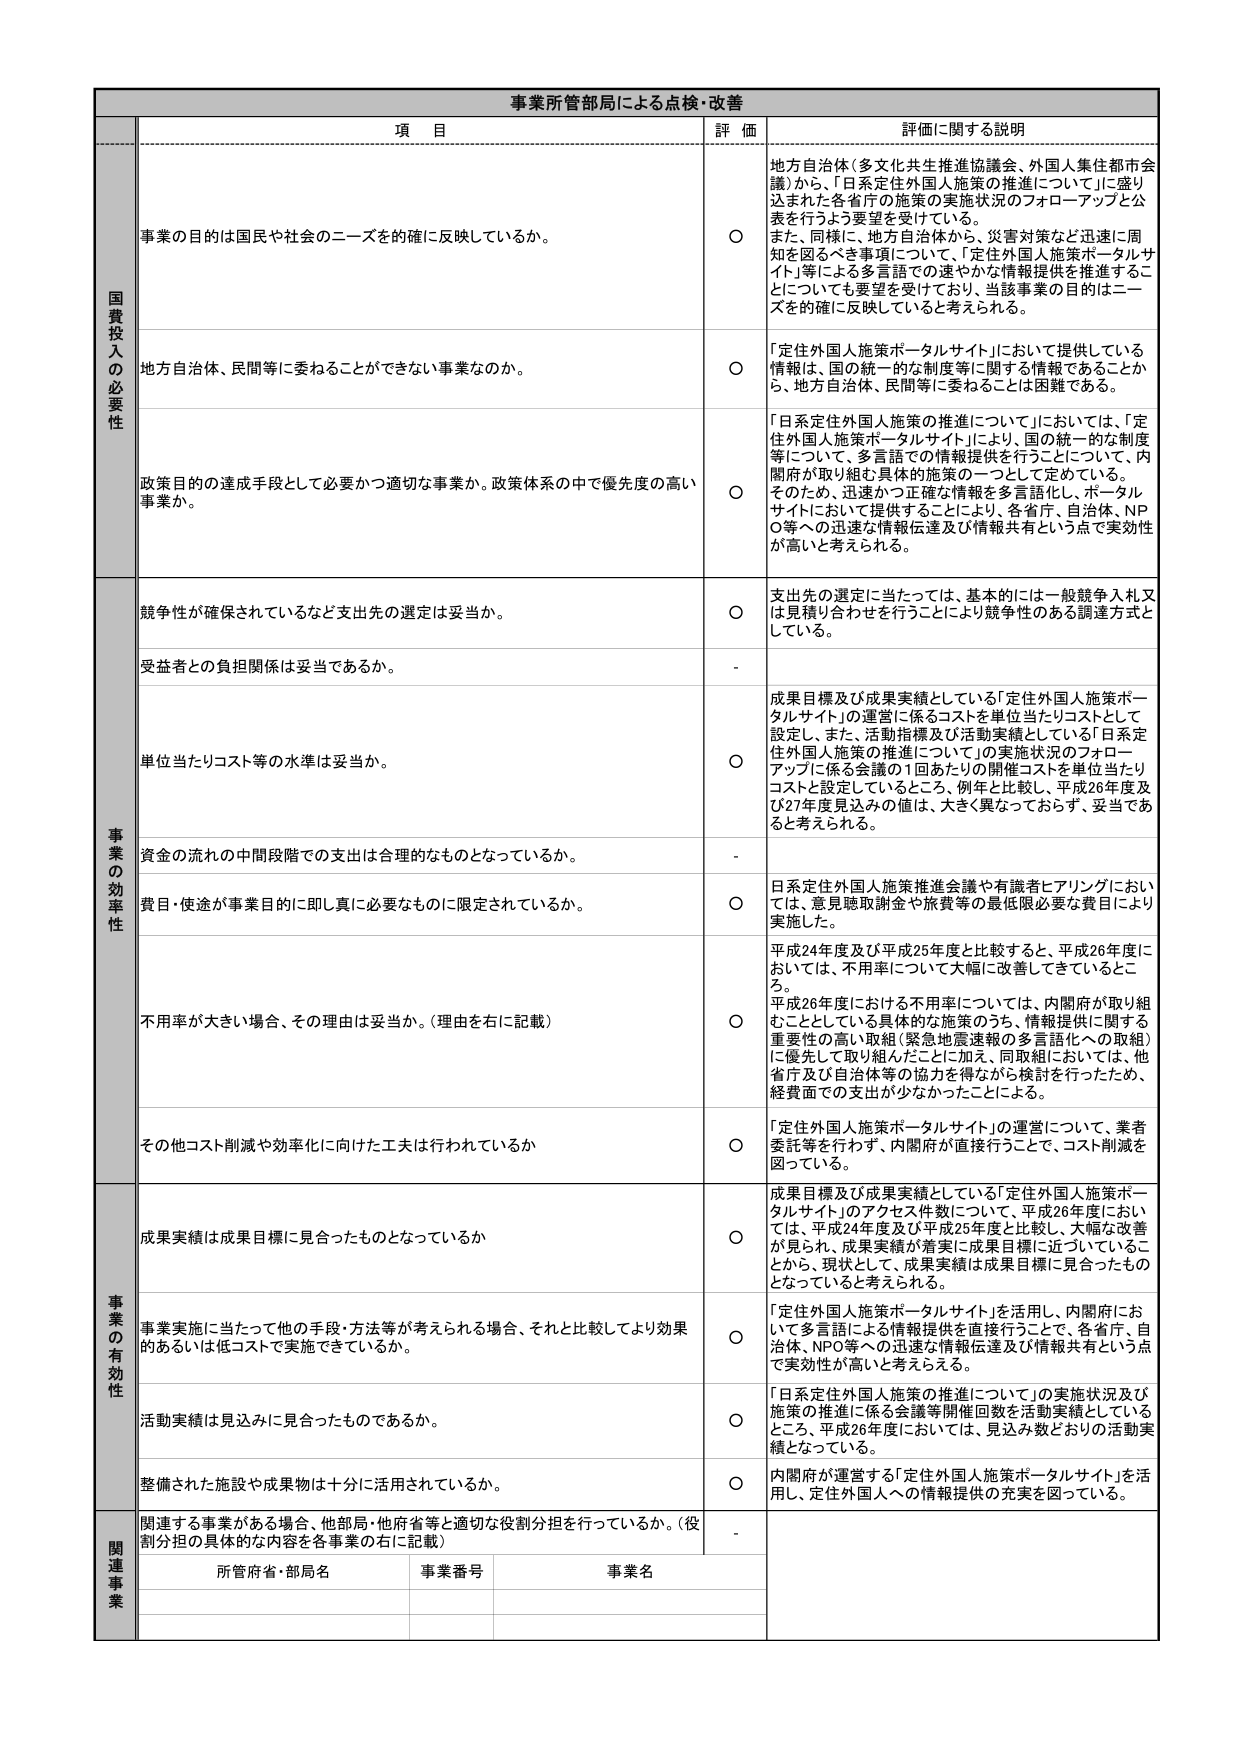
事業所管部局による点検・改善

項 目 評 価 評価に関する説明

国費投入の必要性

事業の目的は国民や社会のニーズを的確に反映しているか。 ○ 地方自治体（多文化共生推進協議会、外国人集住都市会議）から、「日系定住外国人施策の推進について」に盛り込まれた各省庁の施策の実施状況のフォローアップと公表を行うよう要望を受けている。 また、同様に、地方自治体から、災害対策など迅速に周知を図るべき事項について、「定住外国人施策ポータルサイト」等による多言語での速やかな情報提供を推進することについても要望を受けており、当該事業の目的はニーズを的確に反映していると考えられる。

地方自治体、民間等に委ねることができない事業なのか。 ○ 「定住外国人施策ポータルサイト」において提供している情報は、国の統一的な制度等に関する情報であることから、地方自治体、民間等に委ねることは困難である。

政策目的の達成手段として必要かつ適切な事業か。政策体系の中で優先度の高い事業か。 ○ 「日系定住外国人施策の推進について」においては、「定住外国人施策ポータルサイト」により、国の統一的な制度等について、多言語での情報提供を行うことについて、内閣府が取り組む具体的施策の一つとして定めている。 そのため、迅速かつ正確な情報を多言語化、ポータルサイトにおいて提供することにより、各省庁、自治体、NPO等への迅速な情報伝達及び情報共有という点で実効性が高いと考えられる。

事業の効率性

競争性が確保されているなど支出先の選定は妥当か。 ○ 支出先の選定に当たっては、基本的には一般競争入札又は見積り合わせを行うことにより競争性のある調達方式としている。

受益者との負担関係は妥当であるか。 -

単位当たりコスト等の水準は妥当か。 ○ 成果目標及び成果実績としている「定住外国人施策ポータルサイト」の運営に係るコストを単位当たりコストとして設定し、また、活動指標及び活動実績としている「日系定住外国人施策の推進について」の実施状況のフォローアップに係る会議の１回あたりの開催コストを単位当たりコストと設定しているところ、例年と比較し、平成26年度及び27年度見込みの値は、大きく異なっておらず、妥当であると考えられる。

資金の流れの中間段階での支出は合理的なものとなっているか。 -

費目・使途が事業目的に即し真に必要なものに限定されているか。 ○ 日系定住外国人施策推進会議や有識者ヒアリングにおいては、意見聴取謝金や旅費等の最低限必要な費目により実施した。

不用率が大きい場合、その理由は妥当か。（理由を右に記載） ○ 平成24年度及び平成25年度と比較すると、平成26年度においては、不用率について大幅に改善しているところ。 平成26年度における不用率については、内閣府が取り組むこととしている具体的な施策のうち、情報提供に関する重要性の高い取組（緊急地震速報の多言語化への取組）に優先して取り組んだことに加え、同取組においては、他省庁及び自治体等の協力を得ながら検討を行ったため、経費面での支出が少なかったことによる。

その他コスト削減や効率化に向けた工夫は行われているか ○ 「定住外国人施策ポータルサイト」の運営について、業者委託等を行わず、内閣府が直接行うことで、コスト削減を図っている。

事業の有効性

成果実績は成果目標に見合ったものとなっているか ○ 成果目標及び成果実績としている「定住外国人施策ポータルサイト」のアクセス件数について、平成26年度においては、平成24年度及び平成25年度と比較し、大幅な改善が見られ、成果実績が着実に成果目標に近づいていることから、現状として、成果実績は成果目標に見合ったものとなっていると考えられる。

事業実施に当たって他の手段・方法等が考えられる場合、それと比較してより効果的あるいは低コストで実施できているか。 ○ 「定住外国人施策ポータルサイト」を活用し、内閣府において多言語による情報提供を直接行うことで、各省庁、自治体、NPO等への迅速な情報伝達及び情報共有という点で実効性が高いと考えられる。

活動実績は見込みに見合ったものであるか。 ○ 「日系定住外国人施策の推進について」の実施状況及び施策の推進に係る会議等開催回数を活動実績としているところ、平成26年度においては、見込み数どおりの活動実績となっている。

整備された施設や成果物は十分に活用されているか。 ○ 内閣府が運営する「定住外国人施策ポータルサイト」を活用し、定住外国人への情報提供の充実を図っている。

関連事業

関連する事業がある場合、他部局・他府省等と適切な役割分担を行っているか。（役割分担の具体的な内容を各事業の右に記載） -

所管府省・部局名 事業番号 事業名